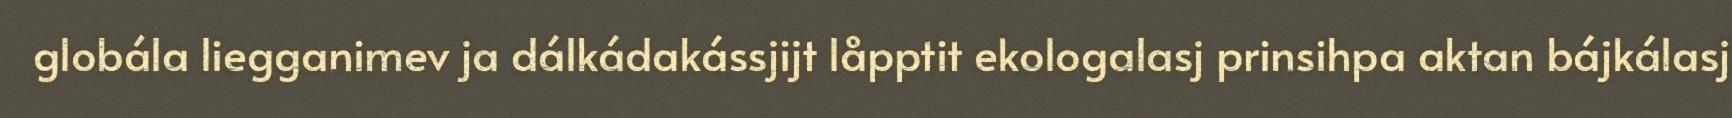
globála liegganimev ja dálkádakássjijt låpptit ekologalasj prinsihpa aktan bájkálasj